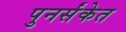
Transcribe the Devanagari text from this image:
पुनर्संकेत